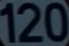
120